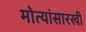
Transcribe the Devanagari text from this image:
मोत्यांसारखी